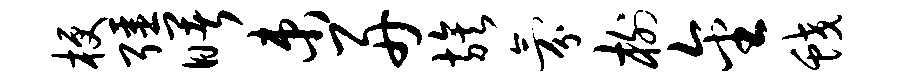
梗强曙束舟族氛榭金蛟